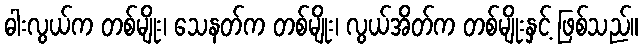
ဓါးလွယ်က တစ်မျိုး၊ သေနတ်က တစ်မျိုး၊ လွယ်အိတ်က တစ်မျိုးနှင့် ဖြစ်သည်။